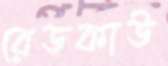
রেডকাউ